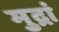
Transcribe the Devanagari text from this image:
मुद्रां